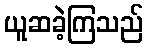
ယူဆခဲ့ကြသည်